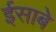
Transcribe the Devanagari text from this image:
ईसाबे